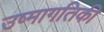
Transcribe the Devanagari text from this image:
उष्‍मागतिकी